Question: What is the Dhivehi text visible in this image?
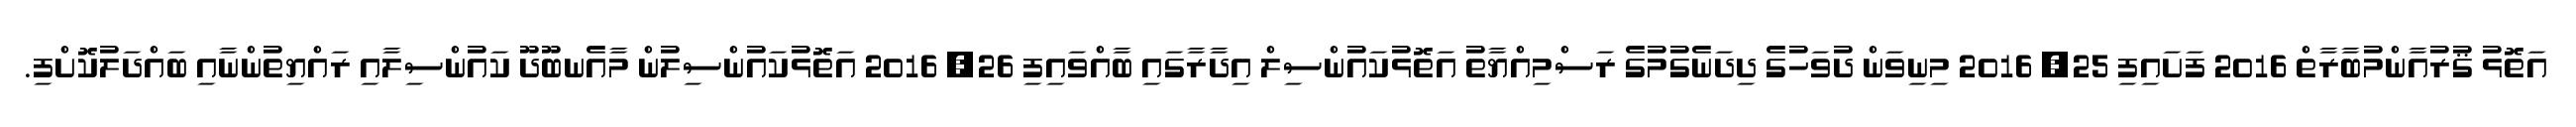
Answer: އަތޮޅު ޤުރުއާންމުބާރާތް 2016 ފަށައިފި 25, 2016 މިނިވަން ދުވަހުގެ ދިދަނެގުމުގެ ރަސްމިއްޔާތު އަތޮޅުކައުންސިލް އިދާރާގައި ބާއްވައިފި 26, 2016 އަތޮޅުކައުންސިލުން މާއެނބޫދޫ ކައުންސިލާއި ރައްޔިތުންނާއި ބައްދަލުކޮށްފި.